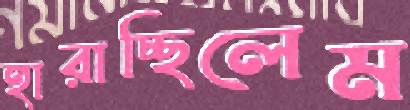
হারাচ্ছিলেম